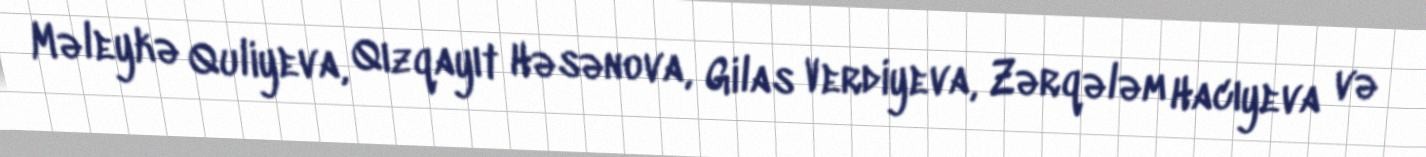
Məleykə Quliyeva, Qızqayıt Həsənova, Gilas Verdiyeva, Zərqələm Hacıyeva və